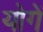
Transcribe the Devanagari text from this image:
योगें